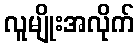
လူမျိုးအလိုက်